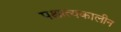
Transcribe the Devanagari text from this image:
पश्चात्यकालीन